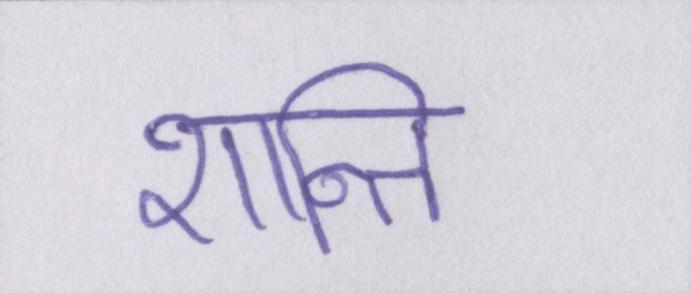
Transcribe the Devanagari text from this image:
शान्ति